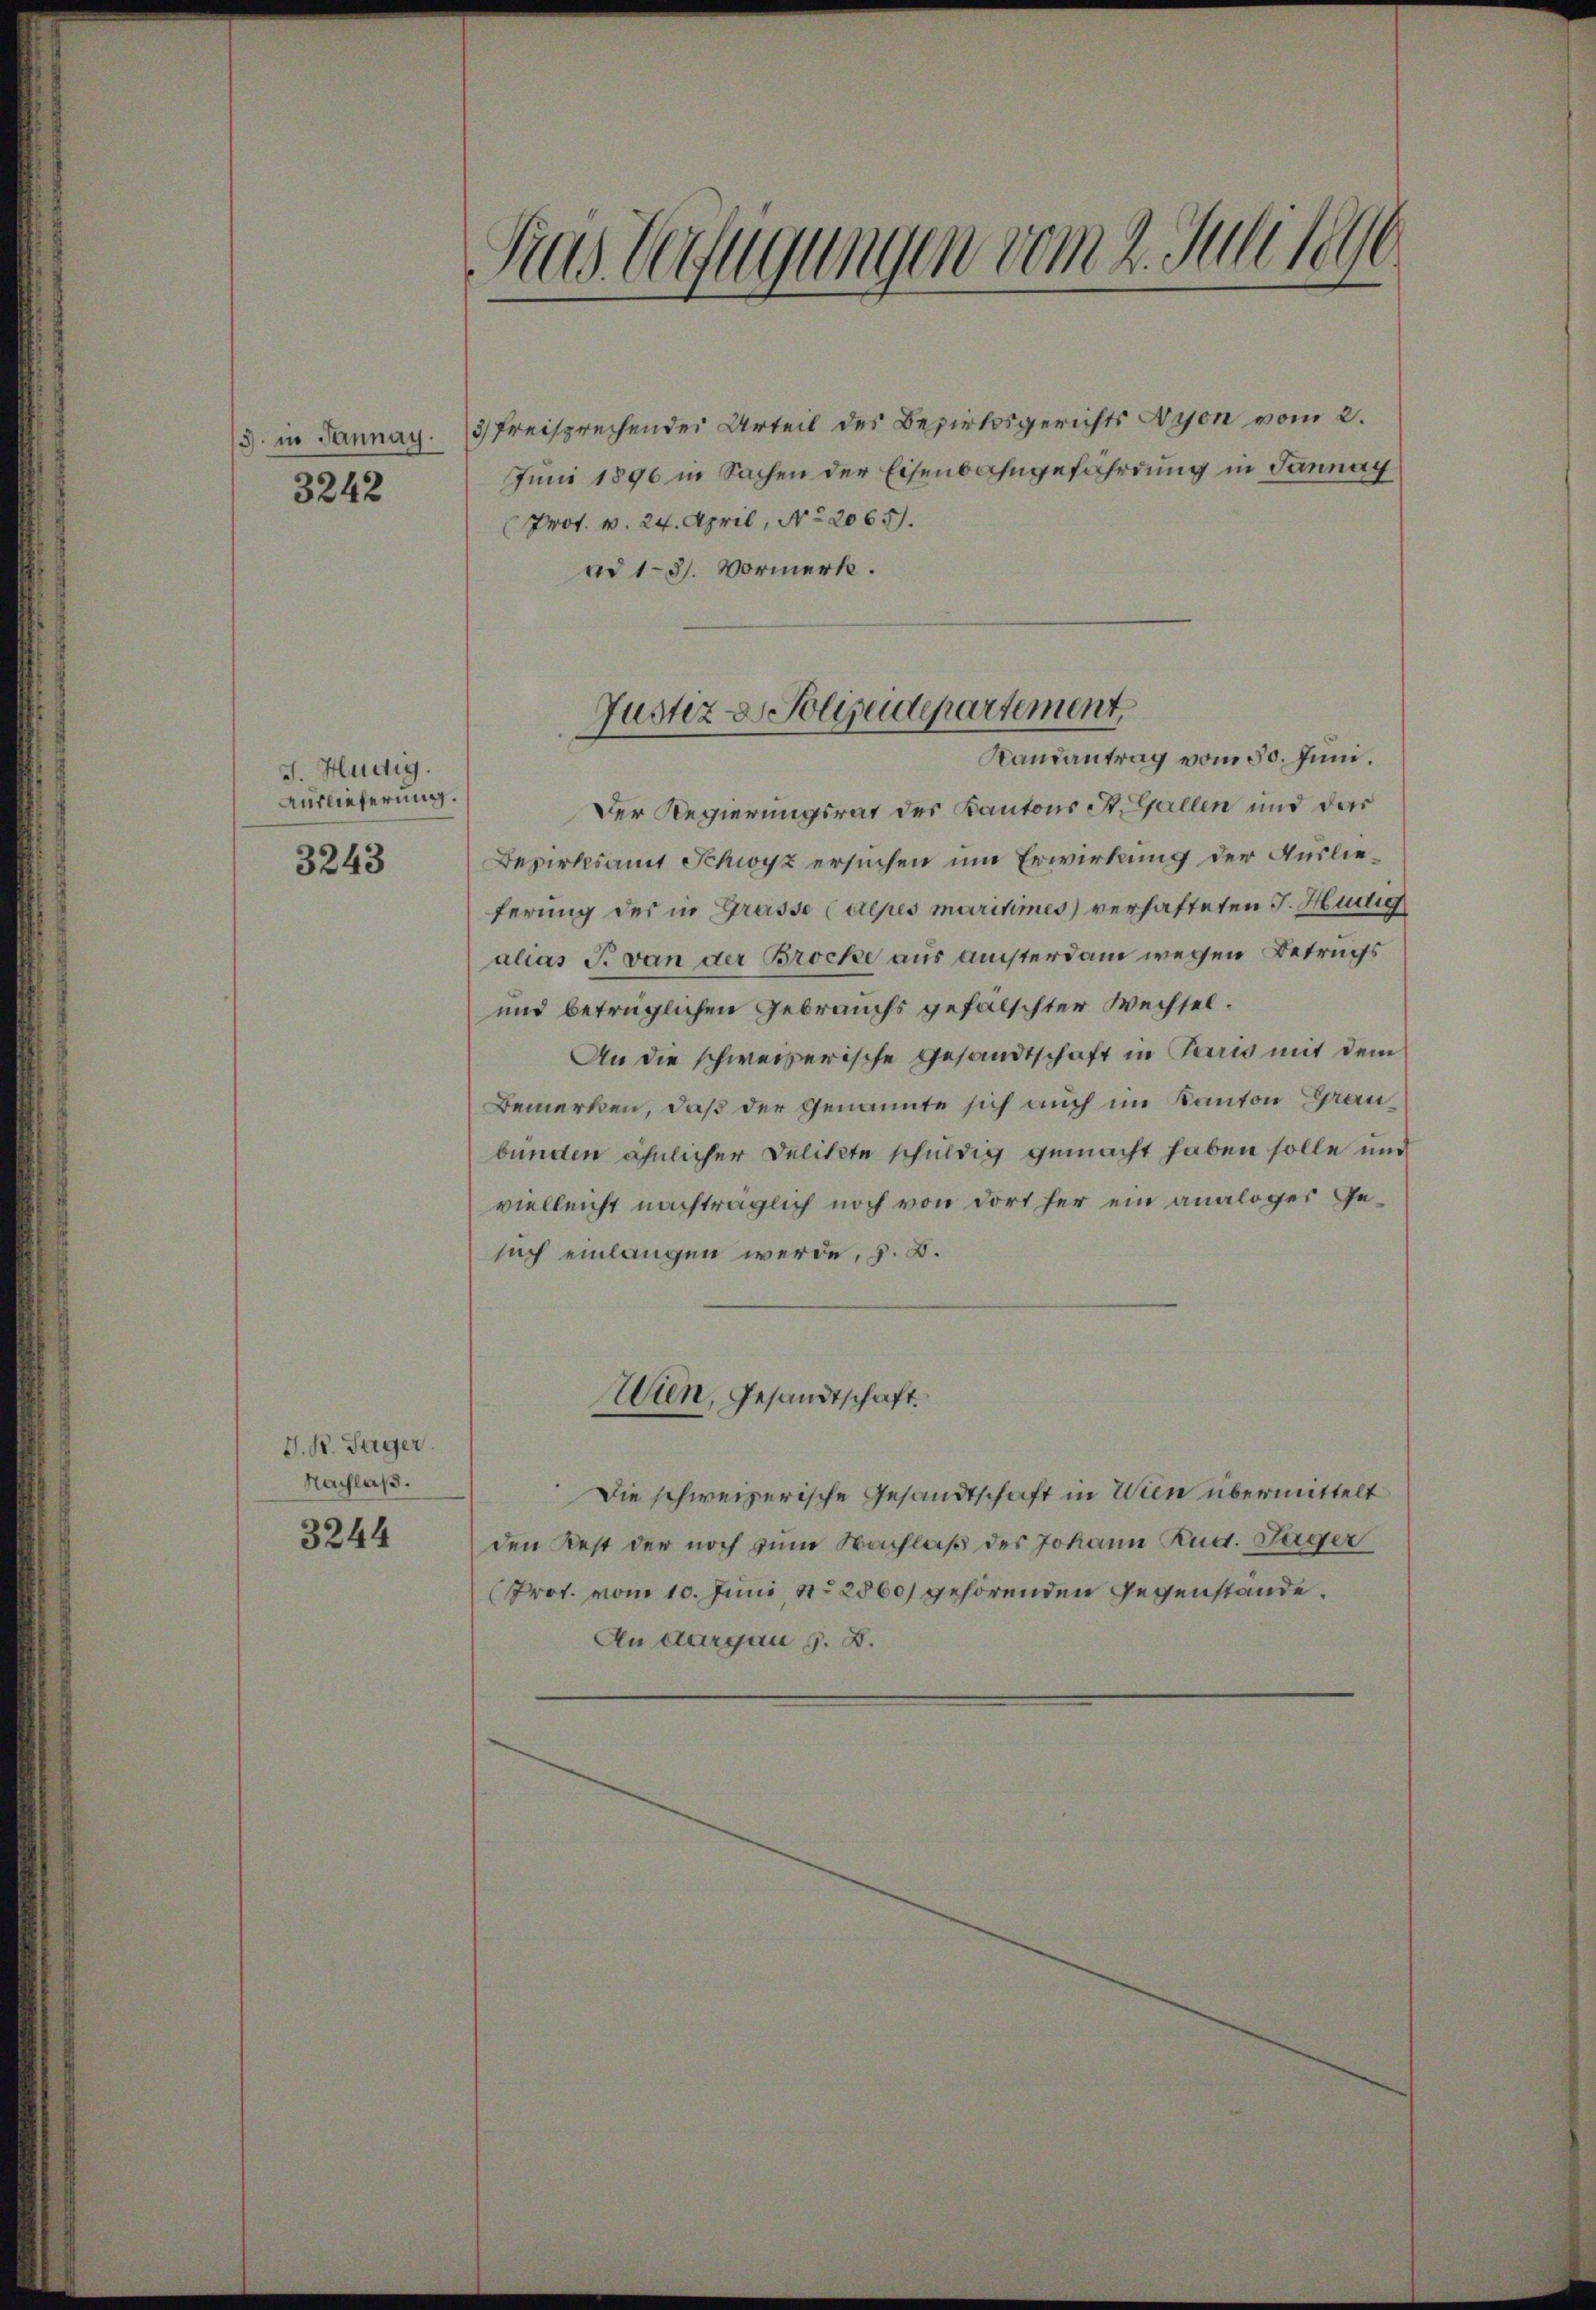
3. in Jannay.
3242

J. Hudig.
Auslieferung.

3243

J. R. Sager.
Nachlaß.

3244

Gras Gefügungen vom 2. Juli 1890

3) Freisprechender Urteil des Bezirksgerichts Nyon vom 2.
Juni 1896 in Sachen der Eisenbahngefährdung in Jannay
Prof. v. 24. April, No 2065.
ad 13. Vormerk.

Justiz & Polizeidepartement
Kamantrag vom 30. Juni.

Der Regierungsrat des Kantons St. Gallen und das
Bezirksamt Schwyz ersuchen um Erwirkung der Auslieferung des in Grasse (depes maritimes verhafteten J. Hudig
alias P. van der Brocke aus auchterdam wegen Betrachs
und betrüglichen Gebrauchs gefalschter Wechsel.
An die schweizerische Gesandtschaft in Paris mit dem
Bemerken, daß der Genannte sich auch im Kanton Graubunden ähnlicher Delikte schuldig gemacht haben solle und
vielleicht nachträglich noch von dort her ein analoger Gesuch einlangen werde, z. B.
Wien, Gesandtschaft.
Die schweizerische Gesandtschaft in Wien übermittelt
den Rest der noch zum Nachlaß des Johann Rud. Jäger
(Prot. vom 10. Juni, No 2860) gehörenden Gegenstände.
An Aargau s. B.